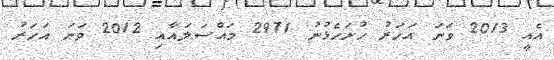
އެއީ 2013 ވަނަ އަހަރު ހުށަހެޅުނު 2971 މައްސަލައާއި 2012 ވަނަ އަހަރު